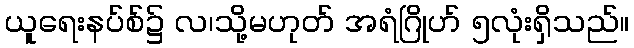
ယူရေးနပ်စ်၌ လ၊သို့မဟုတ် အရံဂြိုဟ် ၅လုံးရှိသည်။